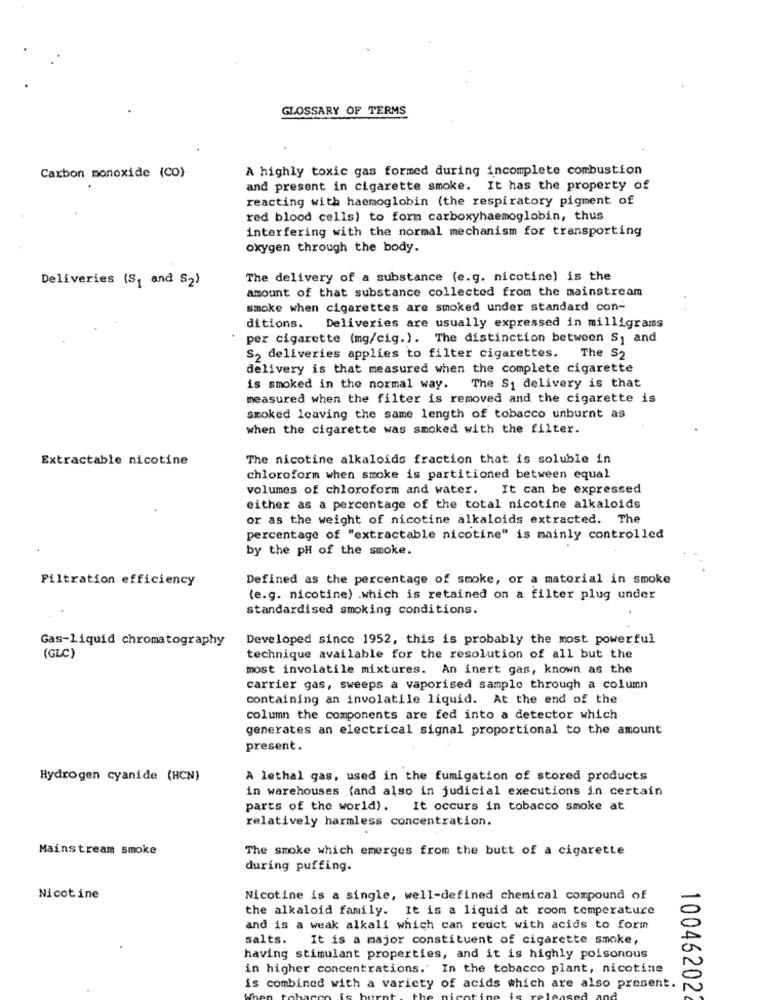
GLOSSARY OF TERMS
A highly toxic gas formed during incomplete combustion
Carbon monoxide (CO)
and present in cigarette smoke. It has the property of
reacting with haemoglobin (the respiratory pigment of
red blood cells) to form carboxyhaemoglobin, thus
interfering with the normal mechanism for transporting
oxygen through the body.
Deliveries (S1 and S2)
The delivery of a substance (e.g. nicotine) is the
amount of that substance collected from the mainstream
smoke when cigarettes are smoked under standard con-
ditions. Deliveries are usually expressed in milligrams
per cigarette (mg/cig.). The distinction between S) and
S2 deliveries applies to filter cigarettes.
The S2
delivery is that measured when the complete cigarette
is smoked in the normal way. The S1 delivery is that
measured when the filter is removed and the cigarette is
smoked leaving the same length of tobacco unburnt as
when the cigarette was smoked with the filter.
Extractable nicotine
The nicotine alkaloids fraction that is soluble in
chloroform when smoke is partitioned between equal
volumes of chloroform and water.
It can be expressed
either as a percentage of the total nicotine alkaloids
or as the weight of nicotine alkaloids extracted. The
percentage of "extractable nicotine" is mainly controlled
by the pH of the smoke.
Filtration efficiency
Defined as the percentage of smoke, or a material in smoke
(e.g. nicotine) .which is retained on a filter plug under
standardised smoking conditions.
Gas-Liquid chromatography
Developed since 1952, this is probably the most powerful
(GLC)
technique available for the resolution of all but the
most involatile mixtures. An inert gas, known as the
carrier gas, sweeps a vaporised sample through a column
containing an involatile liquid. At the end of the
column the components are fed into a detector which
generates an electrical signal proportional to the amount
present.
Hydrogen cyanide (HCN)
A lethal gas, used in the fumigation of stored products
in warehouses (and also in judicial executions in certain
parts of the world). It occurs in tobacco smoke at
relatively harmless concentration.
Mainstream smoke
The smoke which emerges from the butt of a cigarette
during puffing.
Nicotine
Nicotine is a single, well-defined chemical compound of
the alkaloid family. It is a liquid at room temperature
and is a weak alkali which can reuct with acids to form
salts.
It is a major constituent of cigarette smoke,
having stimulant properties, and it is highly poisonous
in higher concentrations.' In the tobacco plant, nicotine
is combined with a variety of acids which are also present.
100462022